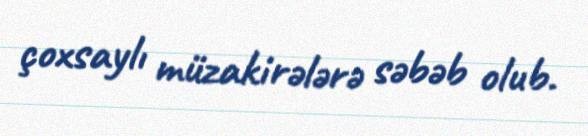
çoxsaylı müzakirələrə səbəb olub.